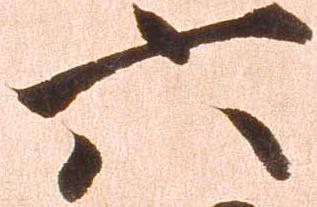
六